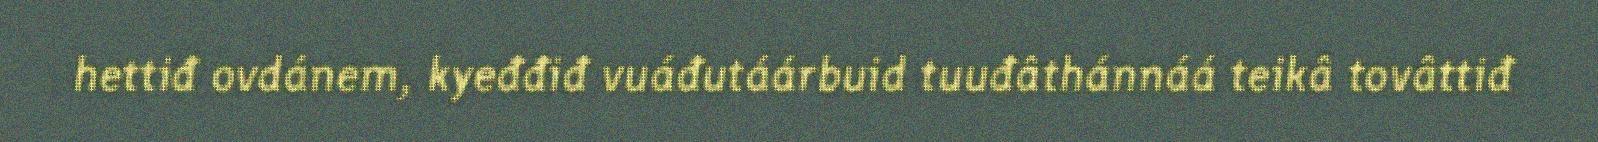
hettiđ ovdánem, kyeđđiđ vuáđutáárbuid tuuđâthánnáá teikâ tovâttiđ